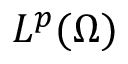
L ^ { p } ( \Omega )